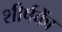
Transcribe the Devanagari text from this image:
शीर्षकाें